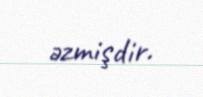
əzmişdir.